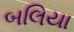
બલિયા